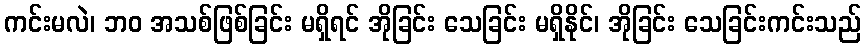
ကင်းမလဲ၊ ဘဝ အသစ်ဖြစ်ခြင်း မရှိရင် အိုခြင်း သေခြင်း မရှိနိုင်၊ အိုခြင်း သေခြင်းကင်းသည်